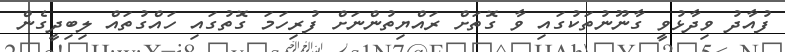
ފުއާދު ވިދާޅުވީ ގާނޫނުތަކުގައި ވާ ގޮތަށް ރައްޔިތުންނަށް ފުރިހަމަ ގޮތުގައި ހައްގުތައް ލިބިދީގެން